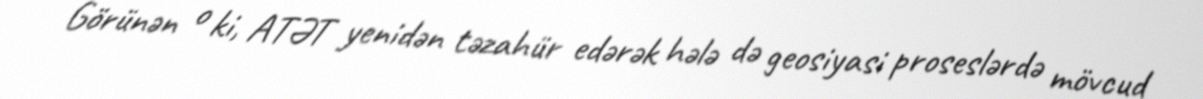
Görünən o ki, ATƏT yenidən təzahür edərək hələ də geosiyasi proseslərdə mövcud